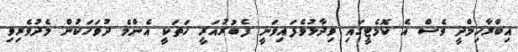
އިބްރާހިމްދީ ވެސް އެ ކޮމެޓީގައި ވިދާޅުވެފައިވަނީ ފެބުރުއަރީ ހަތަކީ އެންމެ ދުވަހަކުން މެދުވެރިވި